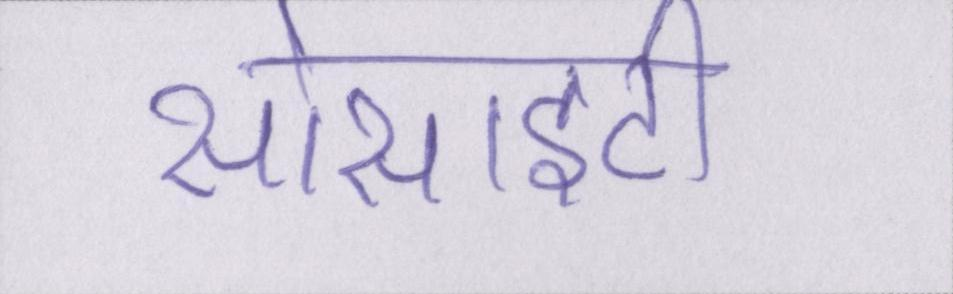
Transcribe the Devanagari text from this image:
सोसाइटी